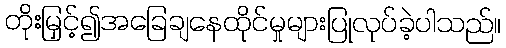
တိုးမြှင့်၍အခြေချနေထိုင်မှုများပြုလုပ်ခဲ့ပါသည်။